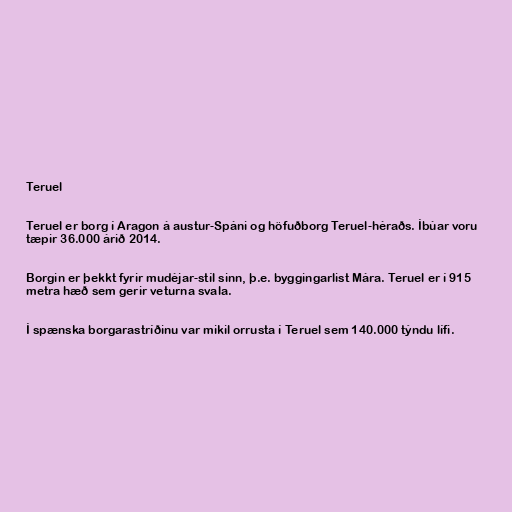
Teruel

Teruel er borg í Aragon á austur-Spáni og höfuðborg Teruel-héraðs. Íbúar voru
tæpir 36.000 árið 2014.

Borgin er þekkt fyrir mudéjar-stíl sinn, þ.e. byggingarlist Mára. Teruel er í 915
metra hæð sem gerir veturna svala.

Í spænska borgarastríðinu var mikil orrusta í Teruel sem 140.000 týndu lífi.